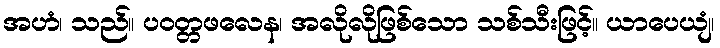
အဟံ၊ သည်။ ပဝတ္တဖလေန၊ အလိုလိုဖြစ်သော သစ်သီးဖြင့်။ ယာပေယျံ၊